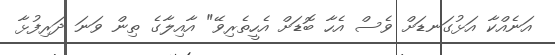
އަނެއްކާ އަޅުގަނޑަށް ވެސް އެހާ ބޮޑަށް އެހީތެރިވޭ" އާއިލާގެ ތިން ވަނަ ދަރިފުޅާ